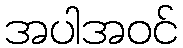
အပါအဝင်